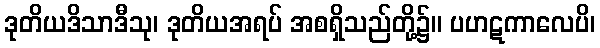
ဒုတိယဒိသာဒီသု၊ ဒုတိယအရပ် အစရှိသည်တို့၌။ ပဟဋကာလေပိ၊